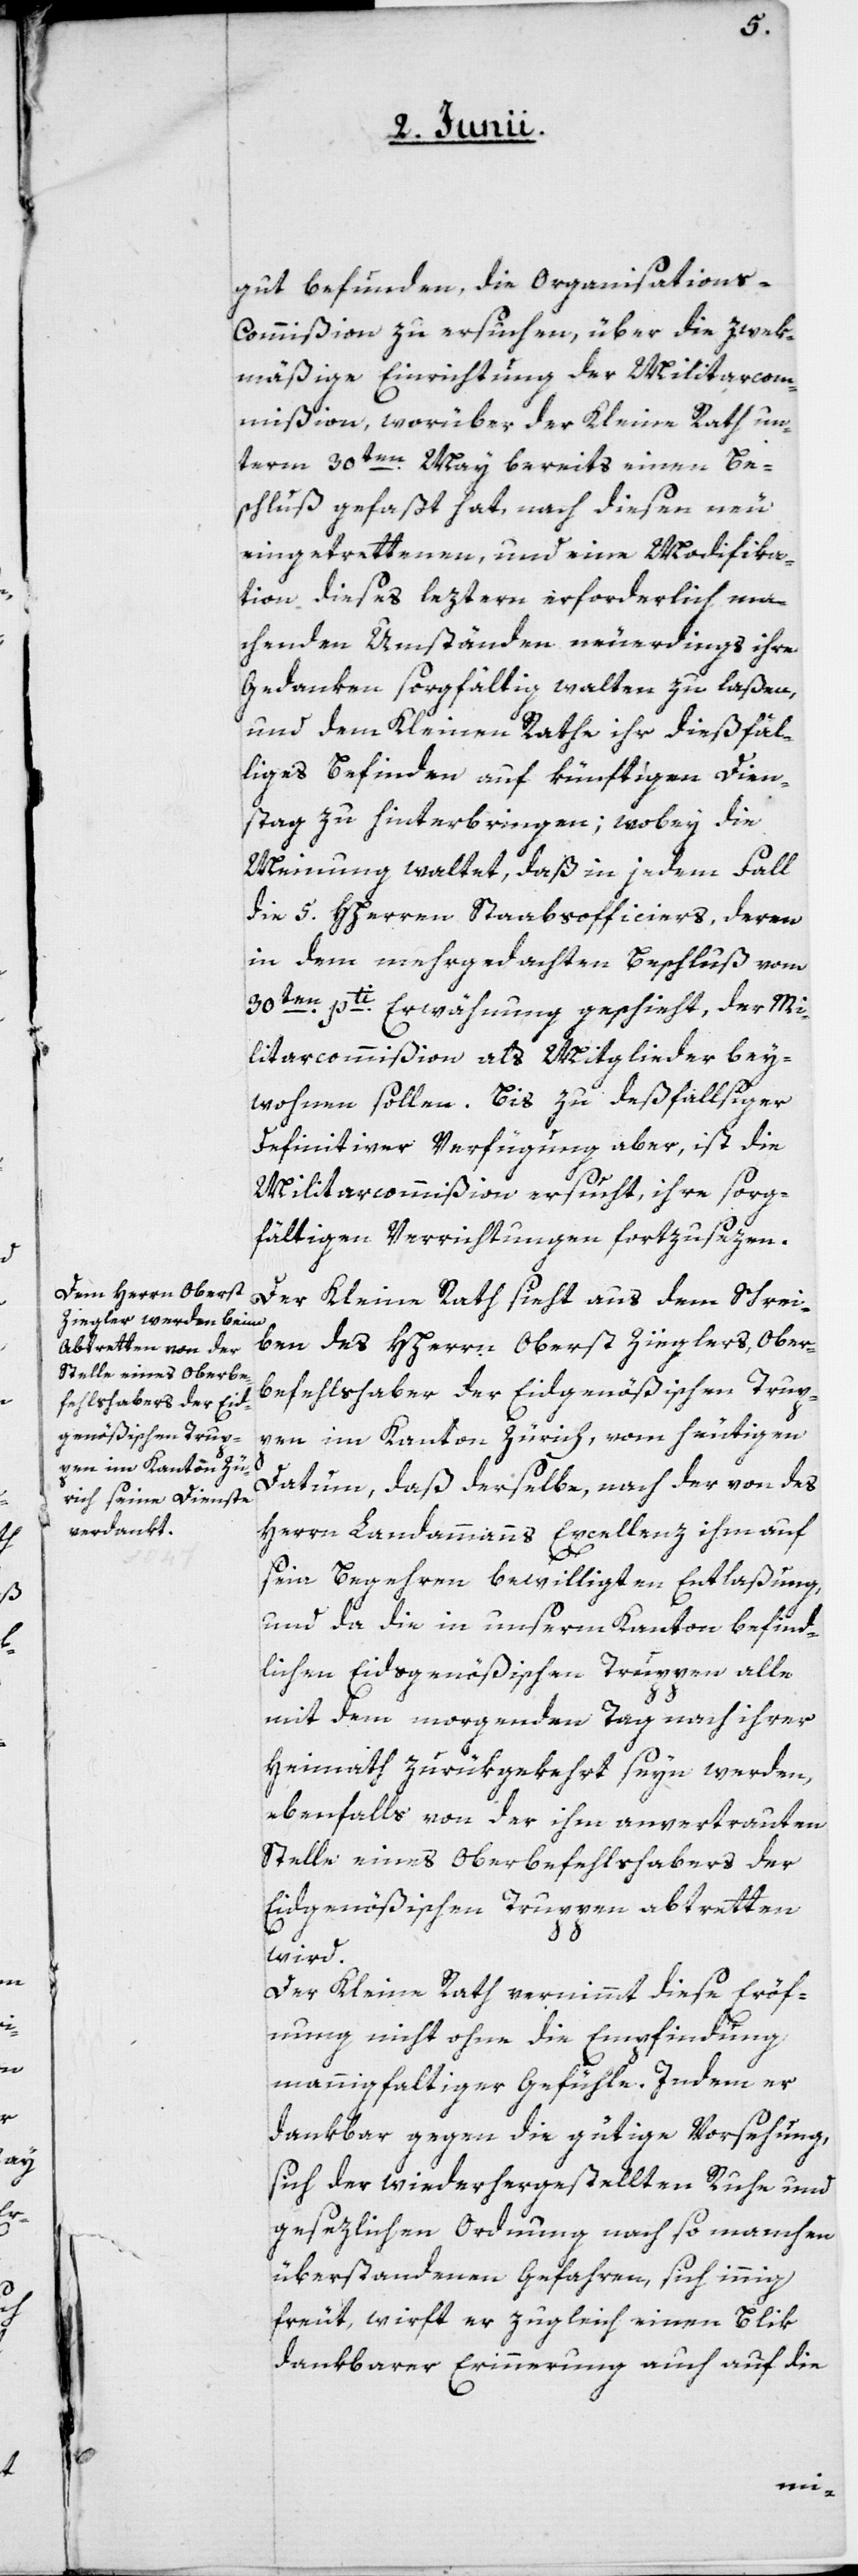
gut befunden, die Organisation¬
s-Commißion zu ersuchen, über die zwek¬
mäßige Einrichtung der Militarcom¬
mißion, worüber der Kleine Rath un¬
term 30ten May bereits einen Be¬
schluß gefaßt hat, nach diesen neu
eingetrettenen, und eine Modifika¬
tion dieses leztern erforderlich ma¬
chenden Umständen neuerdings ihre
Gedanken sorgfältig walten zu laßen,
und dem Kleinen Rathe ihr dießfäl¬
liges Befinden auf künftigen Dien¬
stag zu hinterbringen; wobey die
Meinung waltet, daß in jedem Fall
die 5. HHerren Staabsofficiers, deren
in dem mehrgedachten Beschluß vom
30ten pti Erwähnung geschieht, der Mi¬
litarcommißion als Mitglieder bey¬
wohnen sollen. Bis zu dießfallsiger
definitiver Verfügung aber, ist die
Militarcommißion ersucht, ihre sorg¬
fältigen Verrichtungen fortzusezen.
Der Kleine Rath sieht aus dem Schrei¬
ben des HHerrn Oberst Zieglers, Ober¬
befehlshaber der Eidgenößischen Trup¬
pen im Kanton Zürich, vom heutigen
Datum, daß derselbe, nach der von des
Herrn Landammanns Excellenz ihm auf
sein Begehren bewilligten Entlaßung,
und da die in unserm Kanton befind¬
lichen Eidsgenößischen Truppen alle
mit dem morgenden Tag nach ihrer
Heimath zurükgekehrt seyn werden,
ebenfalls von der ihm anvertrauten
Stelle eines Oberbefehlshabers der
Eidgenößischen Truppen abtretten
wird.
Der Kleine Rath vernimmt diese Eröff¬
nung nicht ohne die Empfindung
mannigfaltiger Gefühle. Indem er
dankbar gegen die gütige Vorsehung
sich der wiederhergestellten Ruhe und
gesezlichen Ordnung nach so manchen
überstandenen Gefahren, sich innig
freut, wirft er zugleich einen Blik
dankbarer Erinnerung auch auf die